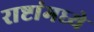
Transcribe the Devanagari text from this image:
राष्टांमध्ये